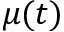
\mu ( t )